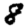
Digit: 8